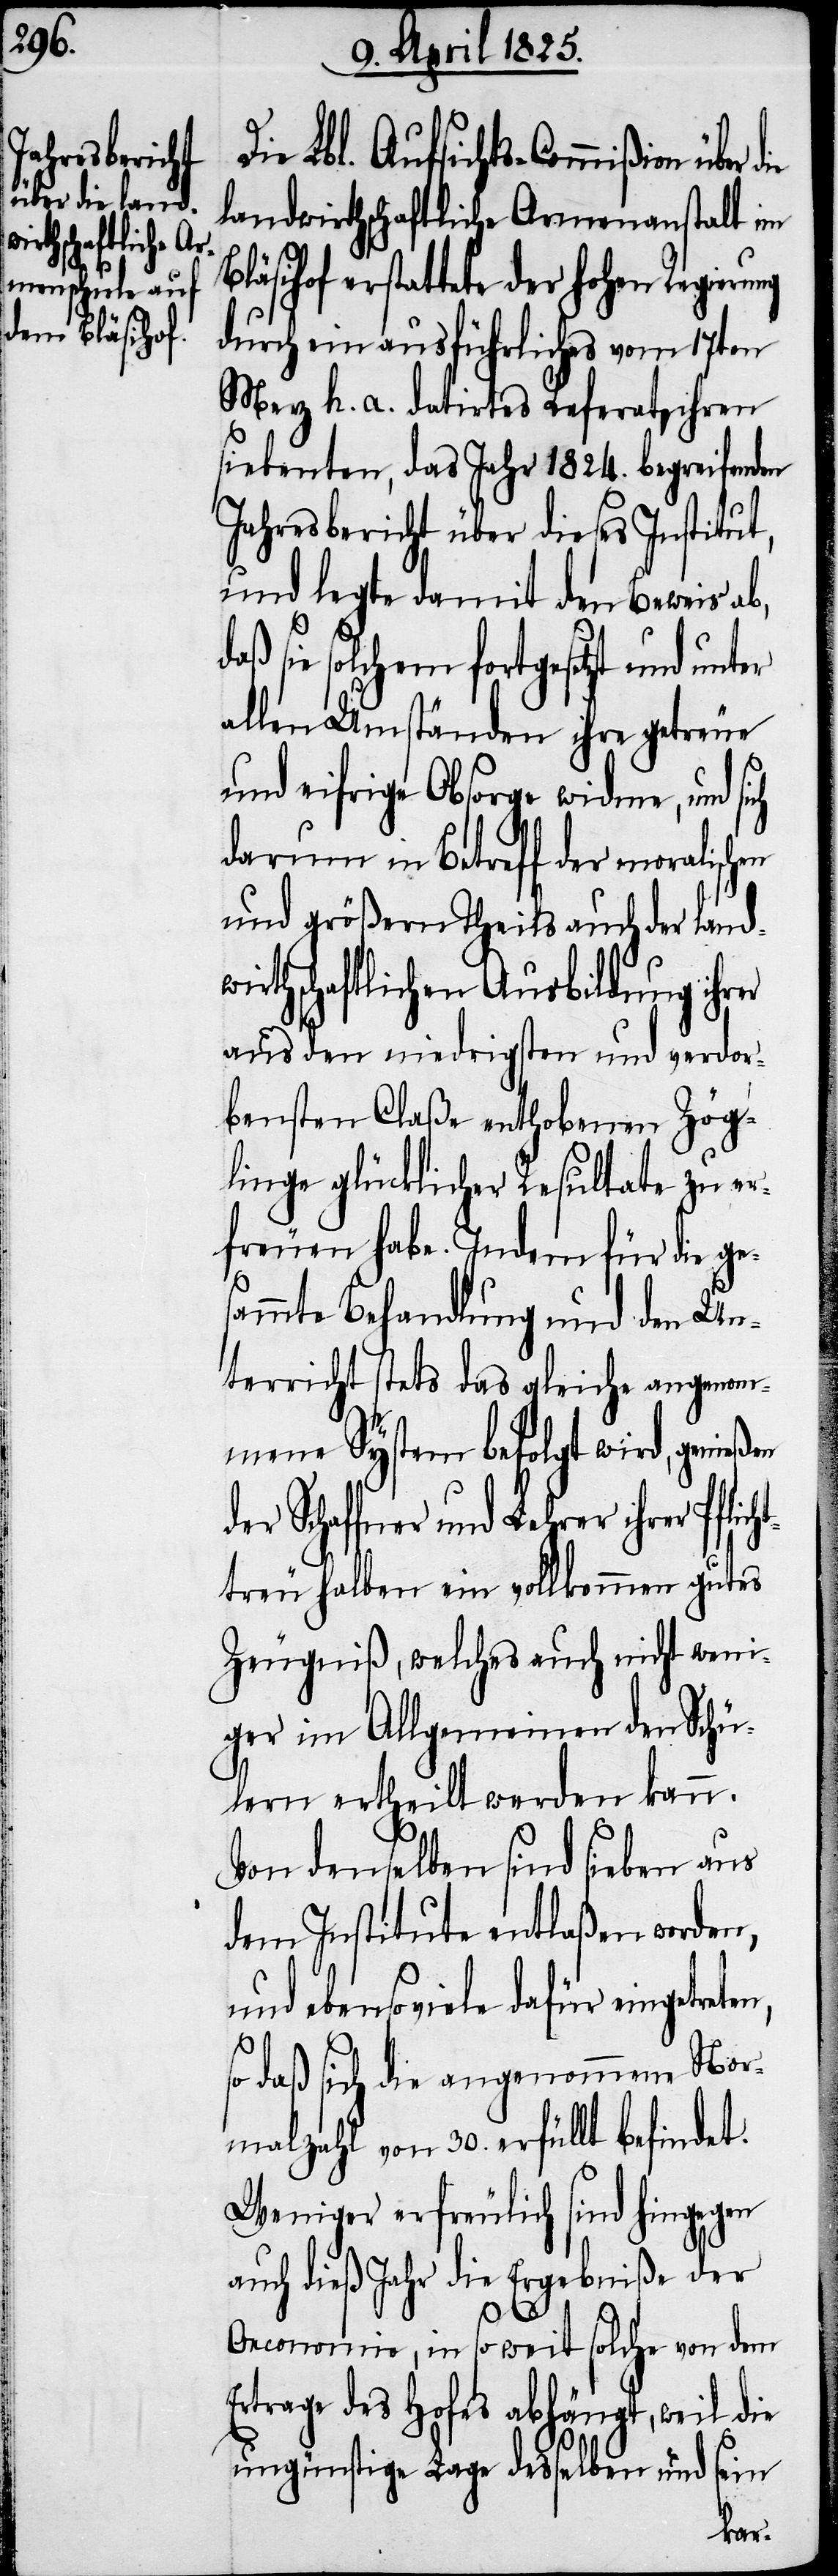
rer Pflicht¬

Die Lbl. Aufsichts-Commißion über
landwirthschaftliche Armenanstalt im
Bläsihof erstattete der hohen Regierung
durch ein ausführliches vom 17ten
Merz h. a. datirtes Referat ihren
siebenten, das Jahr 1824. begreifenden
Jahresbericht über dieses Institut,
und legte damit den Beweis ab,
sie solchem fortgesetzt und
allen Umständen ihre getreue
und eifrige Obsorge widme, und sich
darum in Betreff der moralischen
und größern Theils auch der landw¬
irthschaftlichen Ausbildung ihr¬
aus den niedrigsten und verdor¬
bensten Claße enthobenen Zög¬
linge glücklicher Resultate zu er¬
freuen habe. Indem für die ges¬
ammte Behandlung und den Un¬
terricht stets das gleiche angenom¬
mene System befolgt wird, genießen
der Schaffner und Lehrer ih¬
treu halben ein vollkommen gutes
Zeugniß, welches auch nicht wen¬
iger im Allgemeinen den Schü¬
lern ertheilt werden kann.
Von denselben sind sieben aus
dem Institute entlaßen worden,
und ebensoviele dafür eingetreten,
so daß sich die angenommene Nor¬
malzahl von 30. erfüllt befindet.
Weniger erfreulich sind hingegen
auch dieß Jahr die Ergebniße der
Oeconomie, in so weit solche von dem
Ertrage des Hofes abhängt, weil die
ungünstige Lage desselben und sein
er